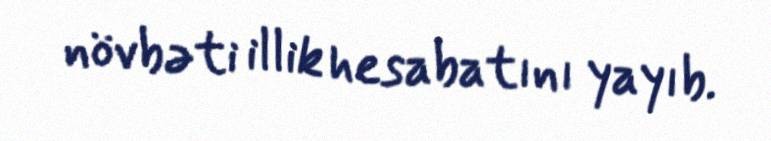
növbəti illik hesabatını yayıb.